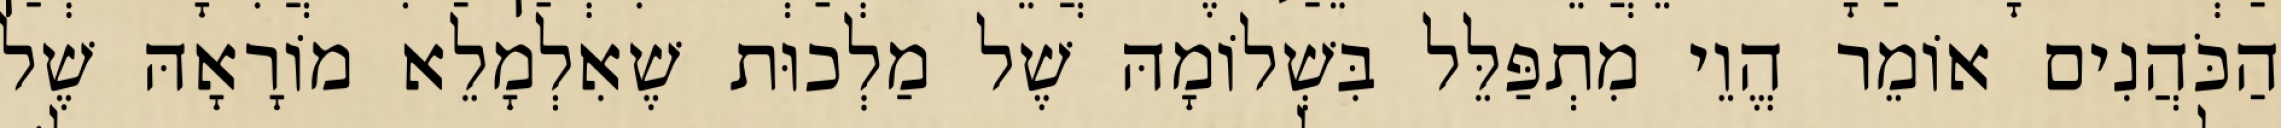
הַכֹּהֲנִים אוֹמֵר הֱוֵי מִתְפַּלֵּל בִּשְׁלוֹמָהּ שֶׁל מַלְכוּת שֶׁאִלְמָלֵא מוֹרָאָהּ שֶׁל